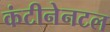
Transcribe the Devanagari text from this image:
कंटीनेनटल